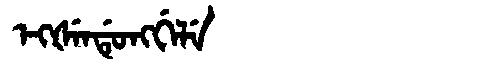
Manchu: ᡝᡴᡧᡝᠨᡩᡠᠩᡤᡝᠯᡝ
Romanization: EKŠENDUNGGELE